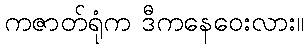
ကဇာတ်ရုံက ဒီကနေဝေးလား။